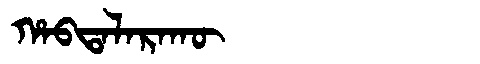
Manchu: ᡥᠠᠪᡨᠠᠯᠠᡵᠠᡴᡡ
Romanization: HABTALARAKŪ